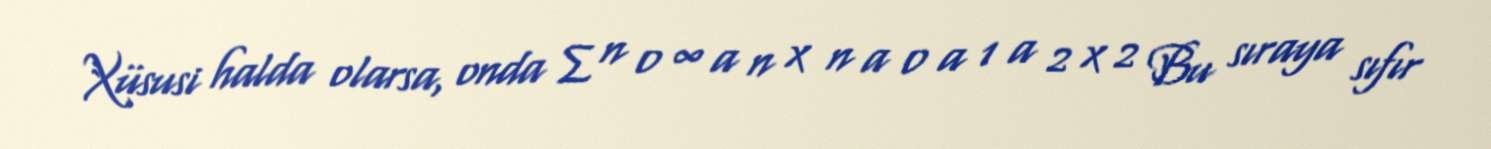
Xüsusi halda olarsa, onda ∑ n 0 ∞ a n x n a 0 a 1 a 2 x 2 Bu sıraya sıfır